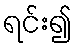
ရင်း၍